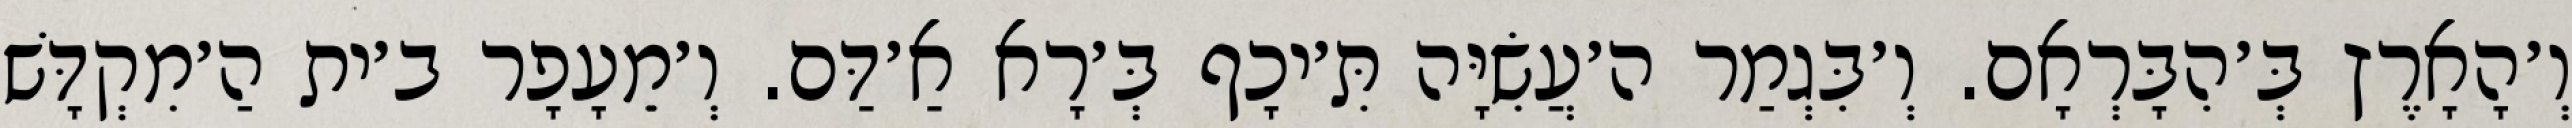
וְ׳הָאָרֶץ בְּ׳הִבָּרְאָם. וְ׳בִּגְמַר ה׳עֲשִׂיָּה תִּ׳יכָף בְּ׳רָא אַ׳דַּם. וְ׳מֵעָפָר ב׳ית הַ׳מִקְדָּשׁ